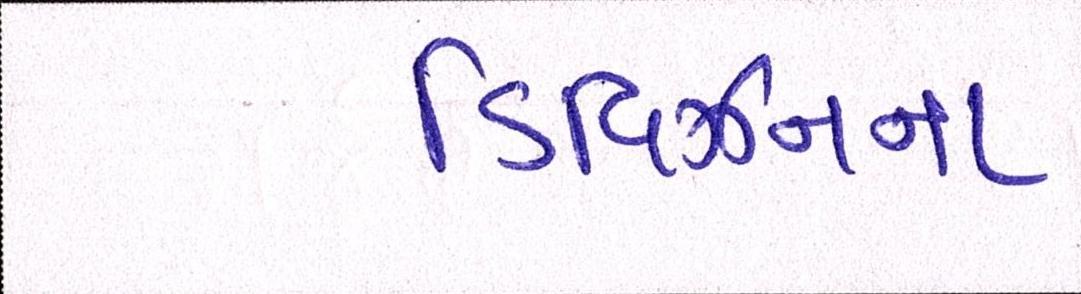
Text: ડિવિઝનના